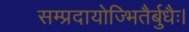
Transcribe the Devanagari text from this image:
सम्प्रदायोज्भितैर्बुधैः।